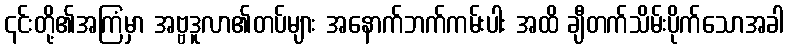
၎င်းတို့၏အကြံမှာ အဗ္ဗဒူလာ၏တပ်များ အနောက်ဘက်ကမ်းပါး အထိ ချီတက်သိမ်းပိုက်သောအခါ